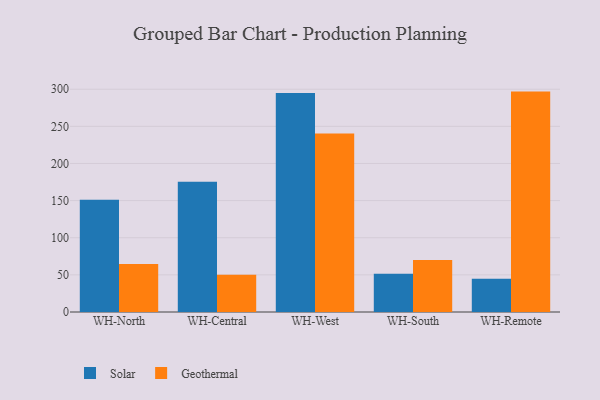
{"axis": {"x": "Warehouse", "y": "Inventory Turnover"}, "legend": ["Geothermal", "Solar"], "data": [{"x": "WH-North", "y": 151.0, "type": "Solar"}, {"x": "WH-North", "y": 64.6, "type": "Geothermal"}, {"x": "WH-Central", "y": 175.4, "type": "Solar"}, {"x": "WH-Central", "y": 50.3, "type": "Geothermal"}, {"x": "WH-West", "y": 294.9, "type": "Solar"}, {"x": "WH-West", "y": 240.5, "type": "Geothermal"}, {"x": "WH-South", "y": 51.4, "type": "Solar"}, {"x": "WH-South", "y": 70.0, "type": "Geothermal"}, {"x": "WH-Remote", "y": 44.7, "type": "Solar"}, {"x": "WH-Remote", "y": 296.8, "type": "Geothermal"}]}